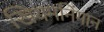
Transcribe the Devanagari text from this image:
खियमनिंगान